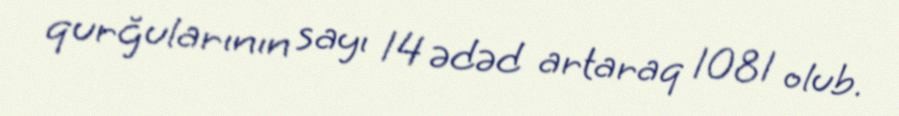
qurğularının sayı 14 ədəd artaraq 1081 olub.